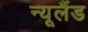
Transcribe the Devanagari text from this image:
न्‍यूलैंड